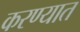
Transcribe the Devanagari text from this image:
करण्यात